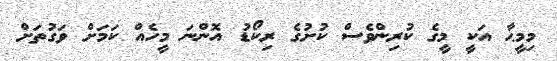
މިމީޙާ އަކީ މީގެ ކުރިންވެސް ކުށުގެ ރިކޯޑު އޮންނަ މީހެއް ކަމަށް ވަގުތަށް